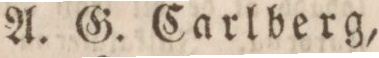
A. G. Carlberg,